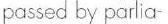
passed by parlia-